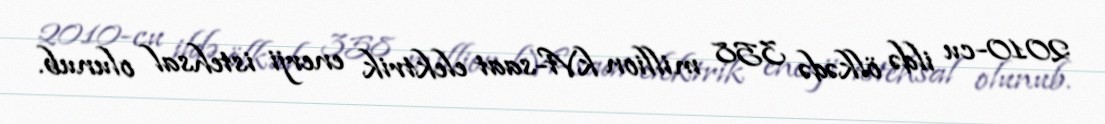
2010-cu ildə ölkədə 358 million kVt-saat elektrik enerji istehsal olunub.